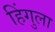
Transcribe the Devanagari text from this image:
हिंगुला